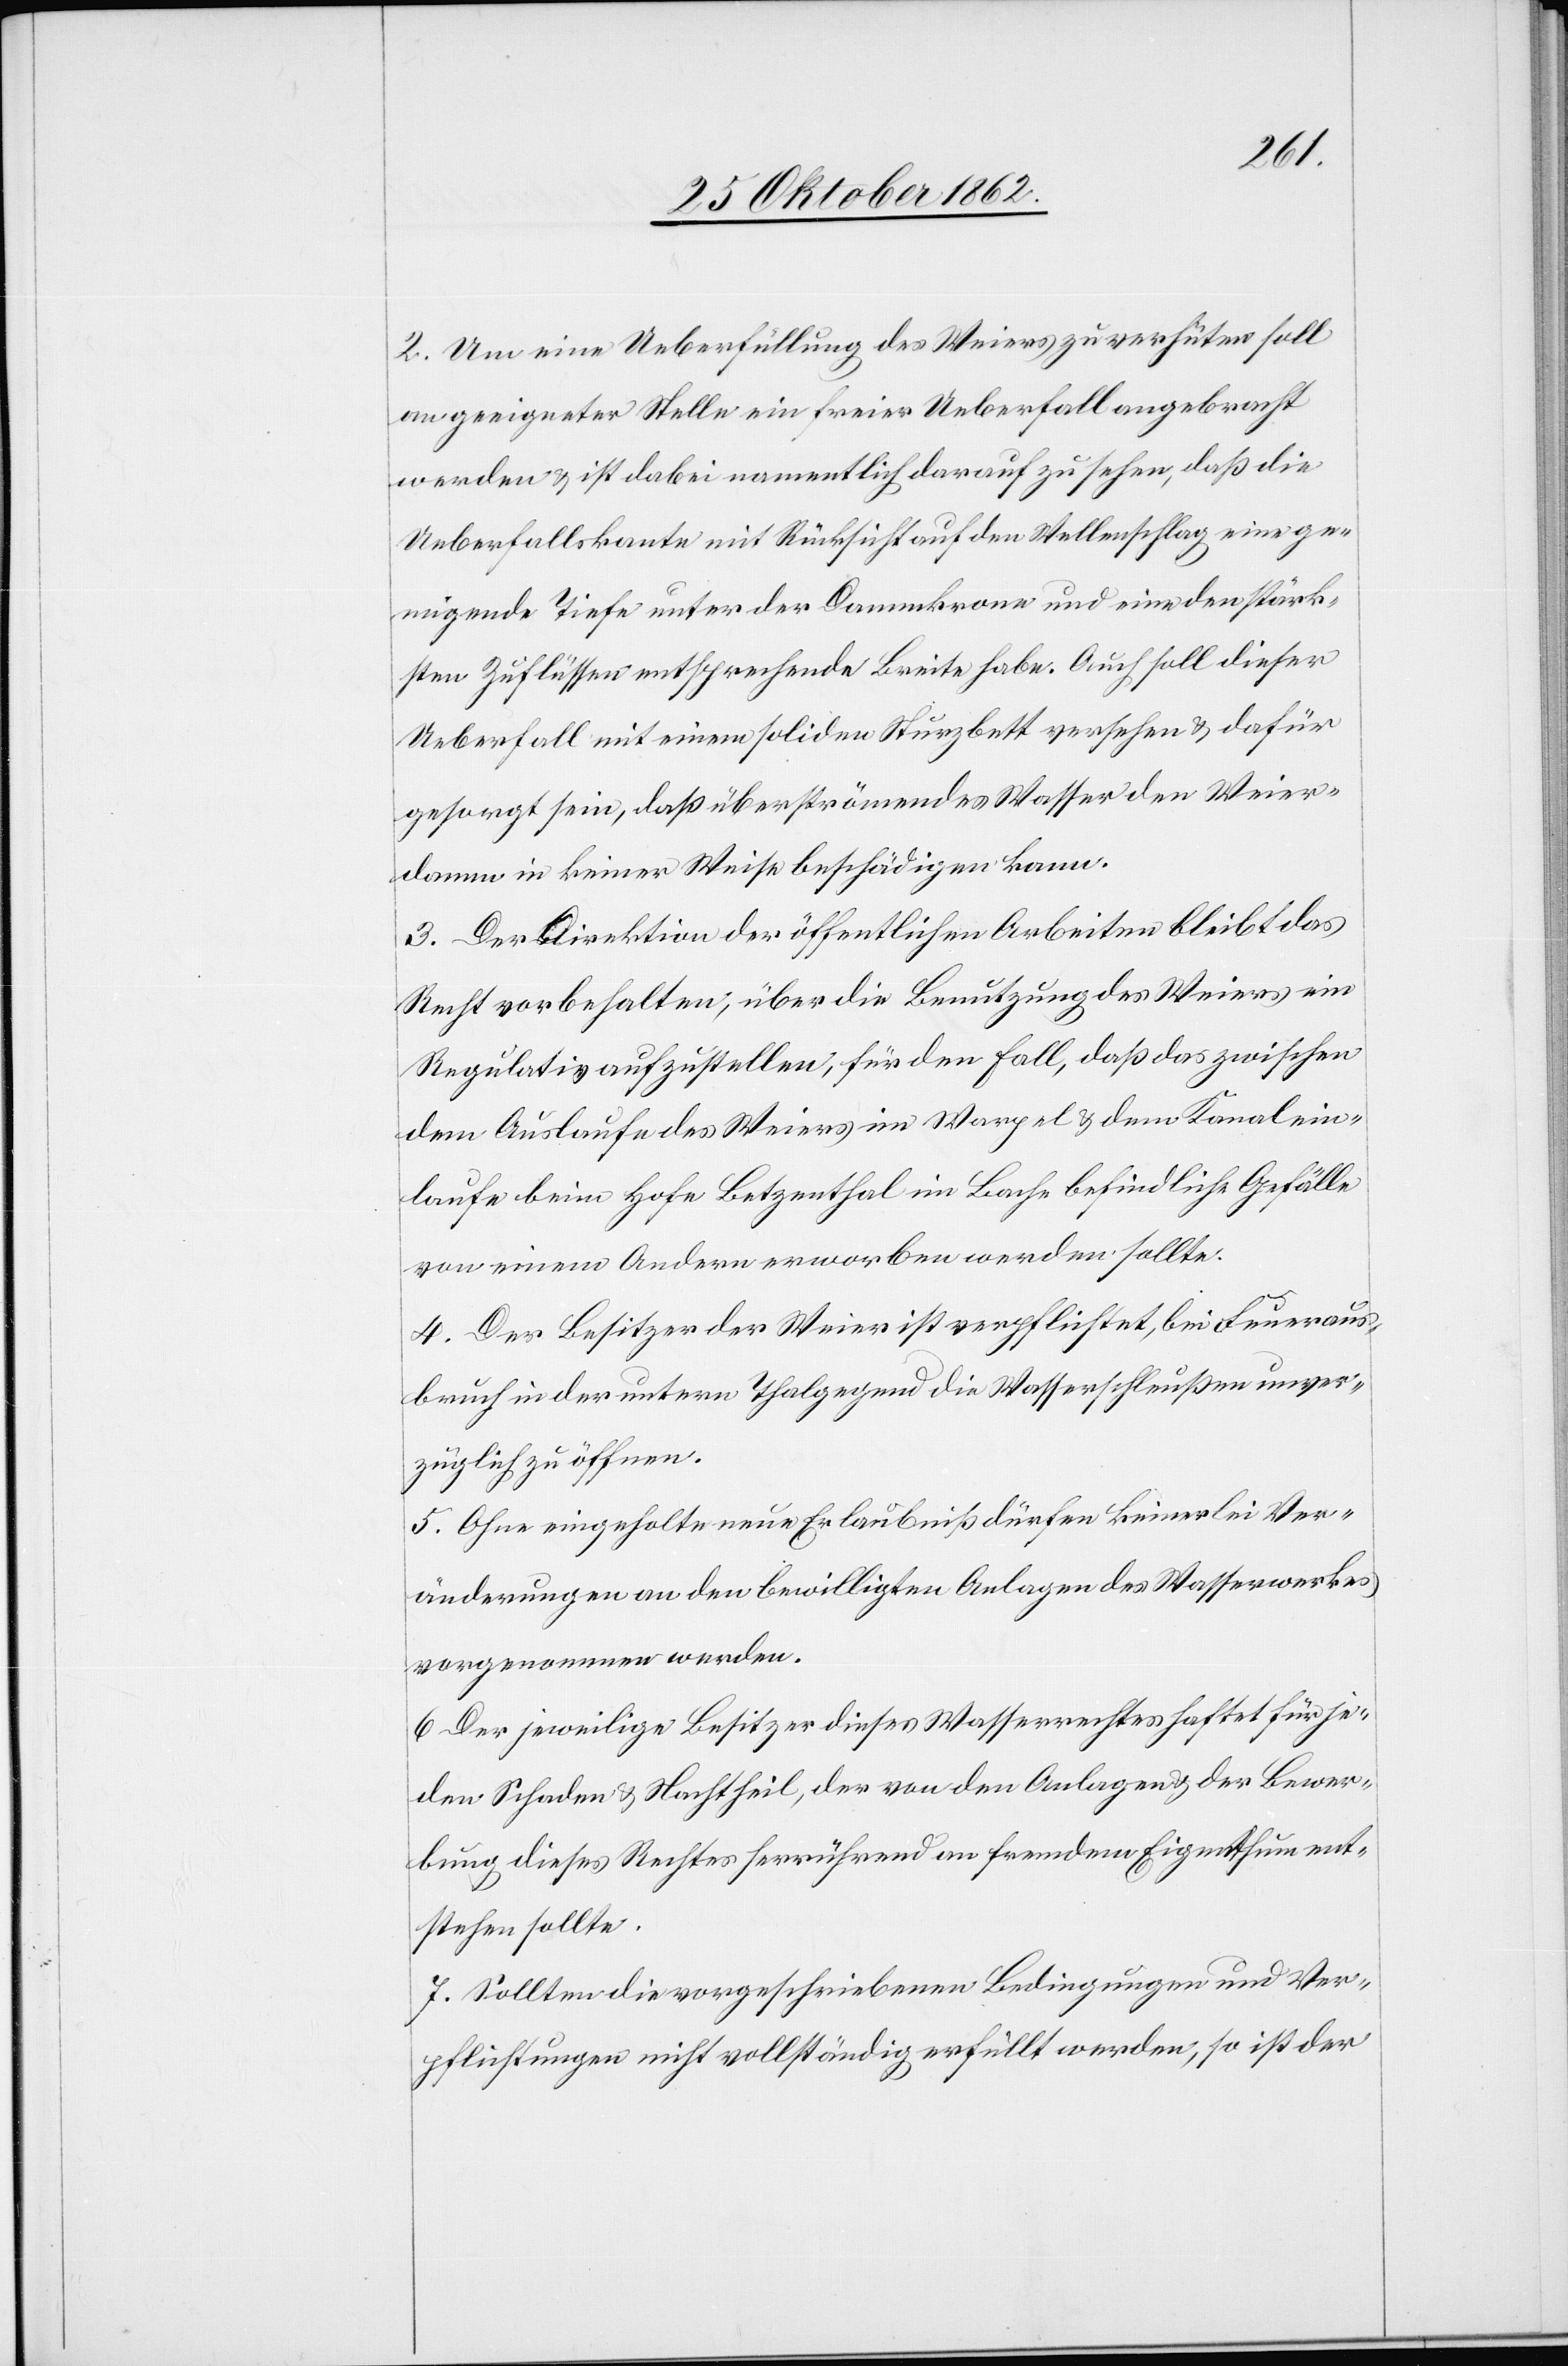
2. Um eine Ueberfüllung des Weiers zu verhüten soll
an geeigneter Stelle ein freier Ueberfall angebracht
werden u. ist dabei namentlich darauf zu sehen, daß die
Ueberfallskante mit Rücksicht auf den Wellenschlag eine ge¬
nügende Tiefe unter der Dammkrone und eine den stärk¬
sten Zuflüssen entsprechende Breite habe. Auch soll dieser
Ueberfall mit einem soliden Sturzbett versehen u. dafür
gesorgt sein, daß überströmendes Wasser den Weier¬
damm in keiner Weise beschädigen kann.
3. Der Direktion der öffentlichen Arbeiten bleibt das
Recht vorbehalten, über die Benutzung des Weiers ein
Regulativ aufzustellen, für den Fall, daß das zwischen
dem Auslaufe des Weiers im Warpel u. dem Kanalein¬
laufe beim Hofe Betzenthal im Bache befindliche Gefälle
von einem Andern erworben werden sollte.
4. Der Besitzer der Weier ist verpflichtet, bei Feueraus¬
bruch in der untern Thalgegend die Wasserschleußen unver¬
züglich zu öffnen.
5. Ohne eingeholte neue Erlaubniß dürfen keinerlei Ver¬
änderungen an den bewilligten Anlagen des Wasserwerkes
vorgenommen werden.
6. Der jeweilige Besitzer dieses Wasserrechtes haftet für je¬
den Schaden u. Nachtheil, der von den Anlagen u. der Bewer¬
bung dieses Rechtes herrührend an fremdem Eigenthum ent¬
stehen sollte.
7. Sollten die vorgeschriebenen Bedingungen und Ver¬
pflichtungen nicht vollständig erfüllt werden, so ist der